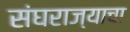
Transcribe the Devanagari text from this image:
संघराज्याचा